Annual report of the Punjab Veterinary College and of the Civil Veterinary Department, Punjab - 1920-1925
Year: 1920
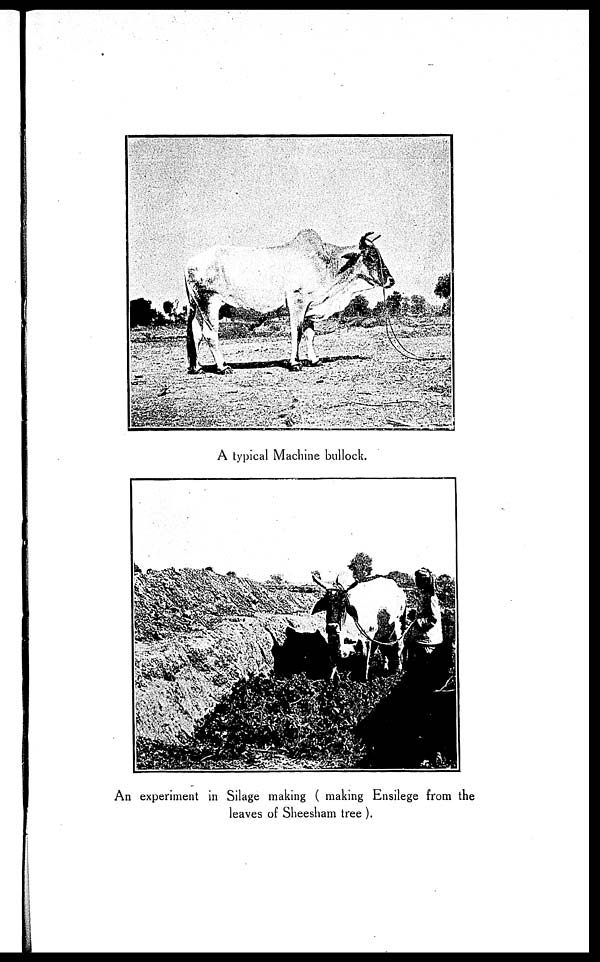
A typical Machine bullock.
An experiment in Silage making (making Ensilege from the
leaves of Sheesham tree ).